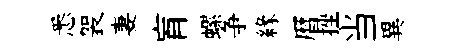
悉袈妻肓螺争緣暦挫当異